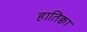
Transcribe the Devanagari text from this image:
हातिक्वा